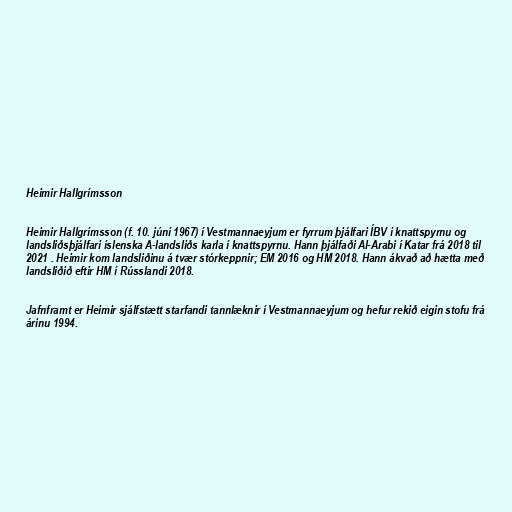
Heimir Hallgrímsson

Heimir Hallgrímsson (f. 10. júní 1967) í Vestmannaeyjum er fyrrum þjálfari ÍBV í knattspyrnu og
landsliðsþjálfari íslenska A-landsliðs karla í knattspyrnu. Hann þjálfaði Al-Arabi í Katar frá 2018 til
2021 . Heimir kom landsliðinu á tvær stórkeppnir; EM 2016 og HM 2018. Hann ákvað að hætta með
landsliðið eftir HM í Rússlandi 2018.

Jafnframt er Heimir sjálfstætt starfandi tannlæknir í Vestmannaeyjum og hefur rekið eigin stofu frá
árinu 1994.